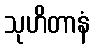
သုဟိတာနံ